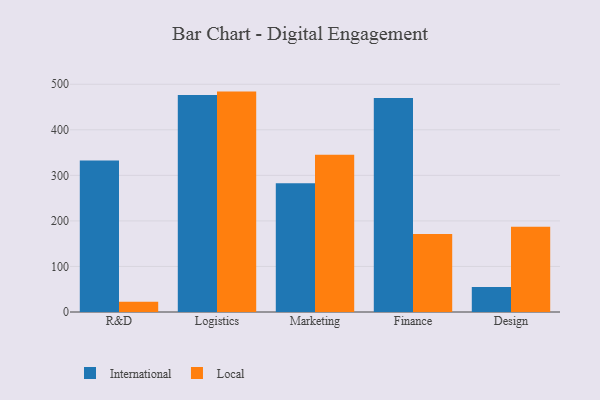
{"axis": {"x": "Department", "y": "Waste Production (Tons)"}, "legend": ["International", "Local"], "data": [{"x": "R&D", "y": 332.6, "type": "International"}, {"x": "R&D", "y": 22.4, "type": "Local"}, {"x": "Logistics", "y": 476.7, "type": "International"}, {"x": "Logistics", "y": 483.9, "type": "Local"}, {"x": "Marketing", "y": 282.9, "type": "International"}, {"x": "Marketing", "y": 345.0, "type": "Local"}, {"x": "Finance", "y": 469.8, "type": "International"}, {"x": "Finance", "y": 171.2, "type": "Local"}, {"x": "Design", "y": 54.9, "type": "International"}, {"x": "Design", "y": 187.1, "type": "Local"}]}